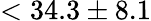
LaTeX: <34.3\pm 8.1